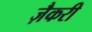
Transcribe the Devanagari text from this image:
ज़ैकरी